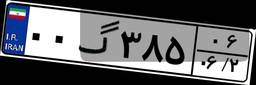
۰۰گ۳۸۵۰۶